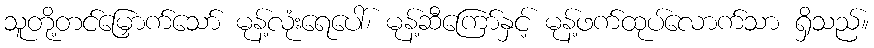
သူတို့တင်မြှောက်သော် မုန့်လုံးရေပေါ်၊ မုန့်ဆီကြော်နှင့် မုန့်ဖက်ထုပ်လောက်သာ ရှိသည်။